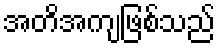
အတိအကျဖြစ်သည်